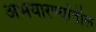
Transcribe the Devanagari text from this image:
अभयारण्यांतील